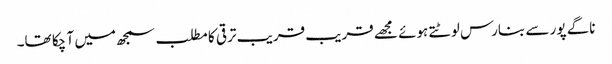
ناگے پور سے بنارس لوٹتے ہوئے مجھے قریب قریب ترقی کا مطلب سمجھ میں آ چکا تھا۔